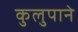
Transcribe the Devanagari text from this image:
कुलुपाने